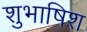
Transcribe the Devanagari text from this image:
शुभाषिश